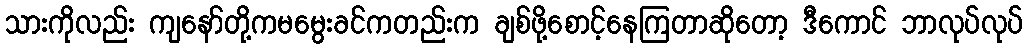
သားကိုလည်း ကျနော်တို့ကမမွေးခင်ကတည်းက ချစ်ဖို့စောင့်နေကြတာဆိုတော့ ဒီကောင် ဘာလုပ်လုပ်